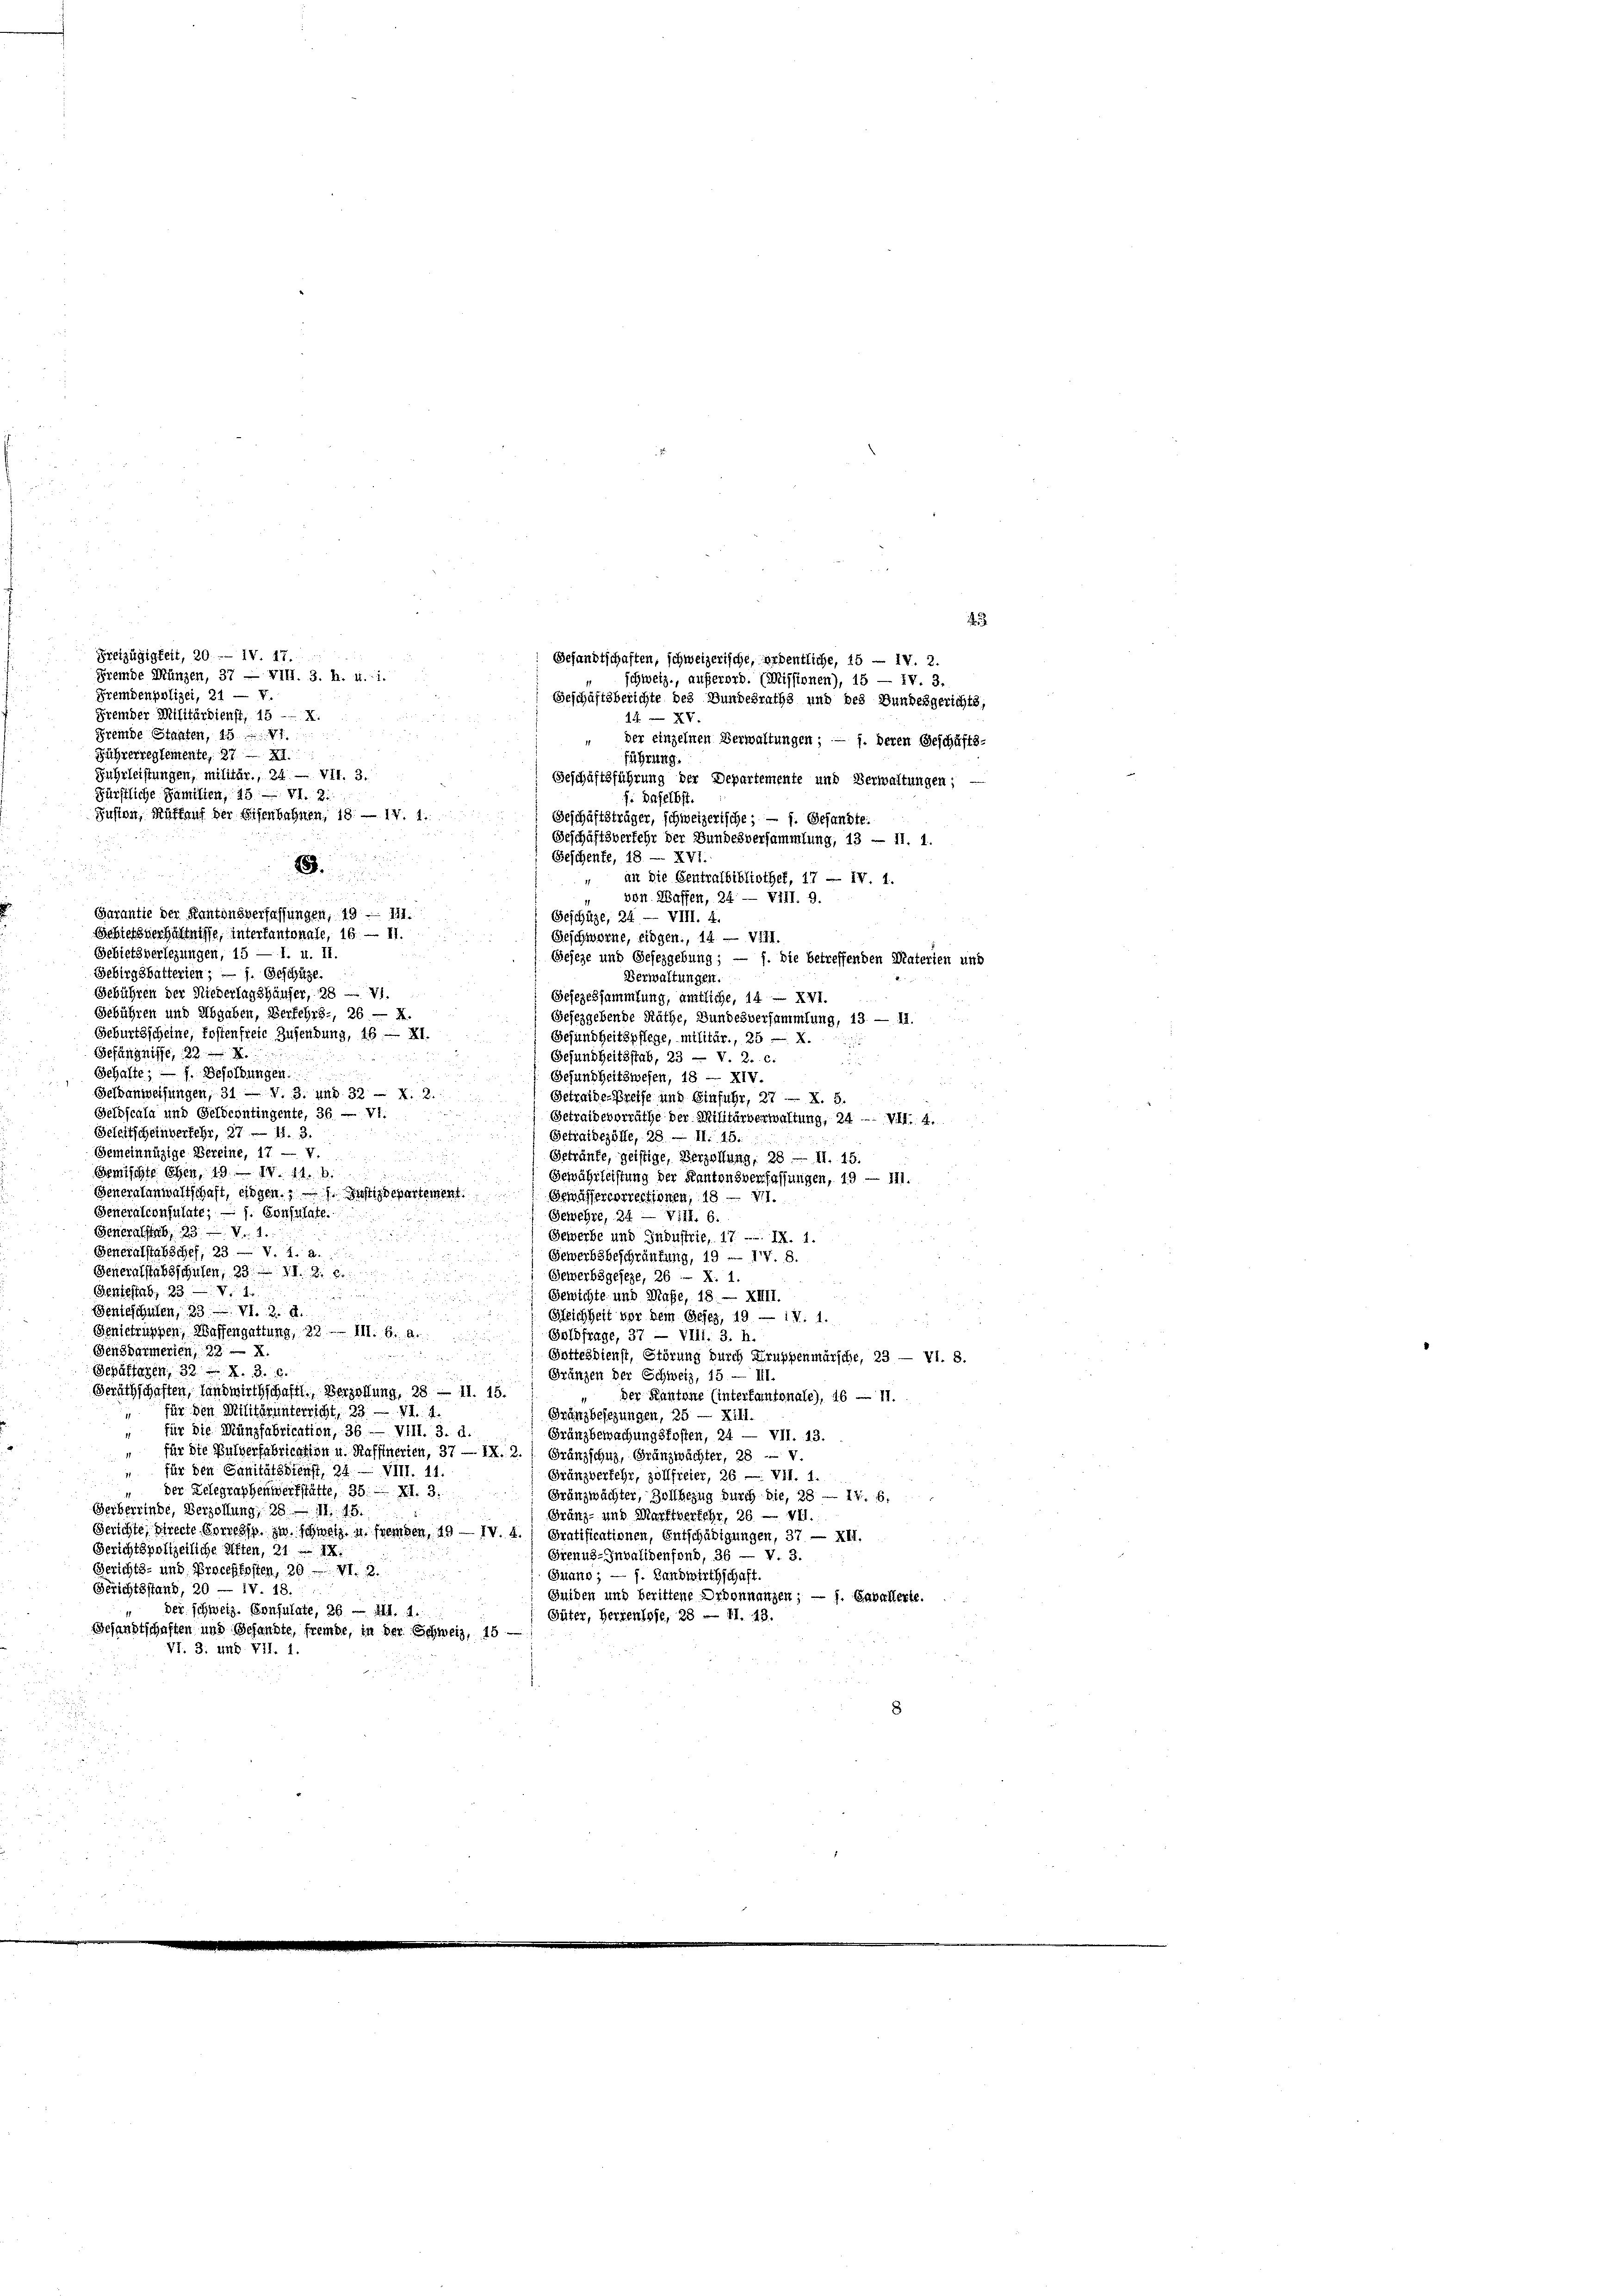
2
Gesandtschaften, schweizerische, ordentliche, 15 — iv. 2.
schweiz., außerord. (Missionen), 15 — IV. 3.

Freizügigkeit, 20. - IV. 47.
Fremde Münzen, 37 — VIII. 3. h. u. 1.
Fremdenpolizei, 21 — V.
Beschäftsberichte des Bundesraths und des Bundesgerichts,
Fremder Militärdienst, 15 -- X.
14—XV.
Fremde Staaten, 157
der einzelnen Verwaltungen; — 1. deren Geschäfts-
Führerreglemente, 27 - XI.
führung.
Fuhrleistungen, militär., 24. — VII. 3.
Geschäftsführung der Departemente und Verwaltungen;
Fürstliche Familien, 25 — VI. 21.
f: Daselbst.
Fusion, Muff auf der Eisenbahnen, 18. — IV. 1.
Geschäftsträger, schweizerische; — f. Gesandte.
Geschäftsverfehr der Bundesversammlung, 13 — II. 1.

Geschente, 18 - XVI.

.
an die Centralbibliothek, 17 — IV. 1.
 24
von Waffen, 24. — VIII. 9.
Garantie der Kantonsverfassungen, 19 - 111.
Geschüze, 24. — VIII. 4.
Bebietsverhältnisse, interkantonale, 16. — II.
Geschworne, eidgen., 14. — VIII.
Gebietsverlegungen, 15 — 1. u. II.
Geseze und Gesezgebung; — f. die betreffenden Materien und
Gebirgsbatterien ; — f. Geschäze.
Verwaltungen.
Gebühren der Niederlagshäuser, 28 — Vi.
Gesezessammlung, amtliche, 14 - XVI.
Gebühren und Abgaben, Verfehrs-, 26 — X.
Gesezgebende Räthe, Bundesversammlung, 13. — II.
Geburtsscheine, Kostenfreie Zusendung, 15 — XI.
Gesundheitspflege, militär., 25 — X.

Gefängnisse, 22
Gesundheitsstab, 23 — V. 2. c.
u
u
Gehalte; — f. Besoldungen.
Gesundheitswesen, 18 — XIV.
Gesanweisungen, 31 — V. 3. und 32 - X. 2.
Getraide Preise und Einfuhr, 27 — X. 5.
Geldscala und Geldcontingente, 36 — VI.
Getraidevorräthe der Militärverwaltung, 24. VII 8.
Geleitscheinverkehr, 27 — 1. 3.
 Getraidezölle, 28. — II. 15.
Gemeinnüzige Bereine, 17 — v.
Geträufe, geistige, Verzahlung, 28 — II. 15.
Bemischte Ehen, 19. 10. 11. 6.
Gewährleistung der Kantonsverfassungen, 19 — 111.
Generalanwaltschaft, eingen. — 1. Justizdepartement. Gewässercorrectionen, 18 — VI.
Generalconsulate; — f. Sonsulate.
Gewehre, 24 — Vill. 6.
.
Generalstab, 231.
Gewerbe und Industrie, 17. - IX. 1.
Generalstabschef, 23 — V. a. a.
Gewerbsbeschränkung, 19. IV. 8.
Generalstabsschulen, 23.VI. S. 6
Gewerbsgeseze, 26 - X. 1.
Sentestab, 231
Gewichte und Maße, 18. — XIII.
e
Senteschulen, 33 VI. d. d.
Bleichheit vor dem Gesez, 19 — 1V. 1.
Genietruppen, Waffengattung, 28 — III. b. a.
Goldfrage, 37 — VIII. 3. h.
Gensdarmerien 22
Gottesdienst, Störung durch Kruppenmärsche, 23 — VI. 3.
Separtagen, 32. 3.
Gränzen der Schweiz, 15 — III.
Geräthschaften, Landwirthschaftl. Verzahlung, 28 — 11. 15.
der Kantone (interfantonale), 16 — 11.
für den Militärinterricht, 23. 414.
Gränzbesezungen, 25 — XIII.
für die Münzfabrication, 36 — VIII. 3. d.
Gränzbewachungsfosten, 24 — VII. 13.
für die Pulverfabrication u. Hafftnerien, 37 — IX. 2. Gränzschus, Gränzwächter, 28 -
für den Sanitätsdienst, 24. — VIII. 11.
Gränzverfehr, zollfreier, 26 — VII. 1.
" der Delegraphenwerkstätte, 35. XI. 3.
Gränzwächter, Zollbezug durch die, 28 - 14. 6.
Gerberrinde, Verzöllung, 28. 75.
Gränz- und Marktverkehr, 26 — VII.
Gerichte, Directe Corresp. zu schweiz, u. fremden, 49 — IV. 4.) Oratificationen, Entschädigungen, 37 — XII.
Gerichtspolizeiliche Alten, 21 18
Grenus-Invalidenfond, 36 — V. 3.
Gerichts- und Proceßkosten, 20. XI. 2.
Gnano ; — f. Landwirthschaft.
Gerichtsstand, 20 — IV. 18.
Suiden und berittene Ordonnanzen; — f. Cavallerte.
der schweiz. Consulate, 26 Al. 1.
Güter, Herrenlose, 28 — II. 43.
Gesandtschaften und Gesandte, fremde, in der Schweiz, 15 —
VI. 3. And. VII. 1.

2